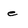
Character: e